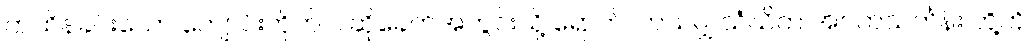
ကထိန်ခင်းသော ကျောင်းတိုက် ဝါဆိုခေတ်အတွင်းသို့ ရောက်လာသမျှ သံဃိက အဝတ်သင်္ကန်း တို့ကို